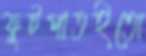
ফুটপাতইতো